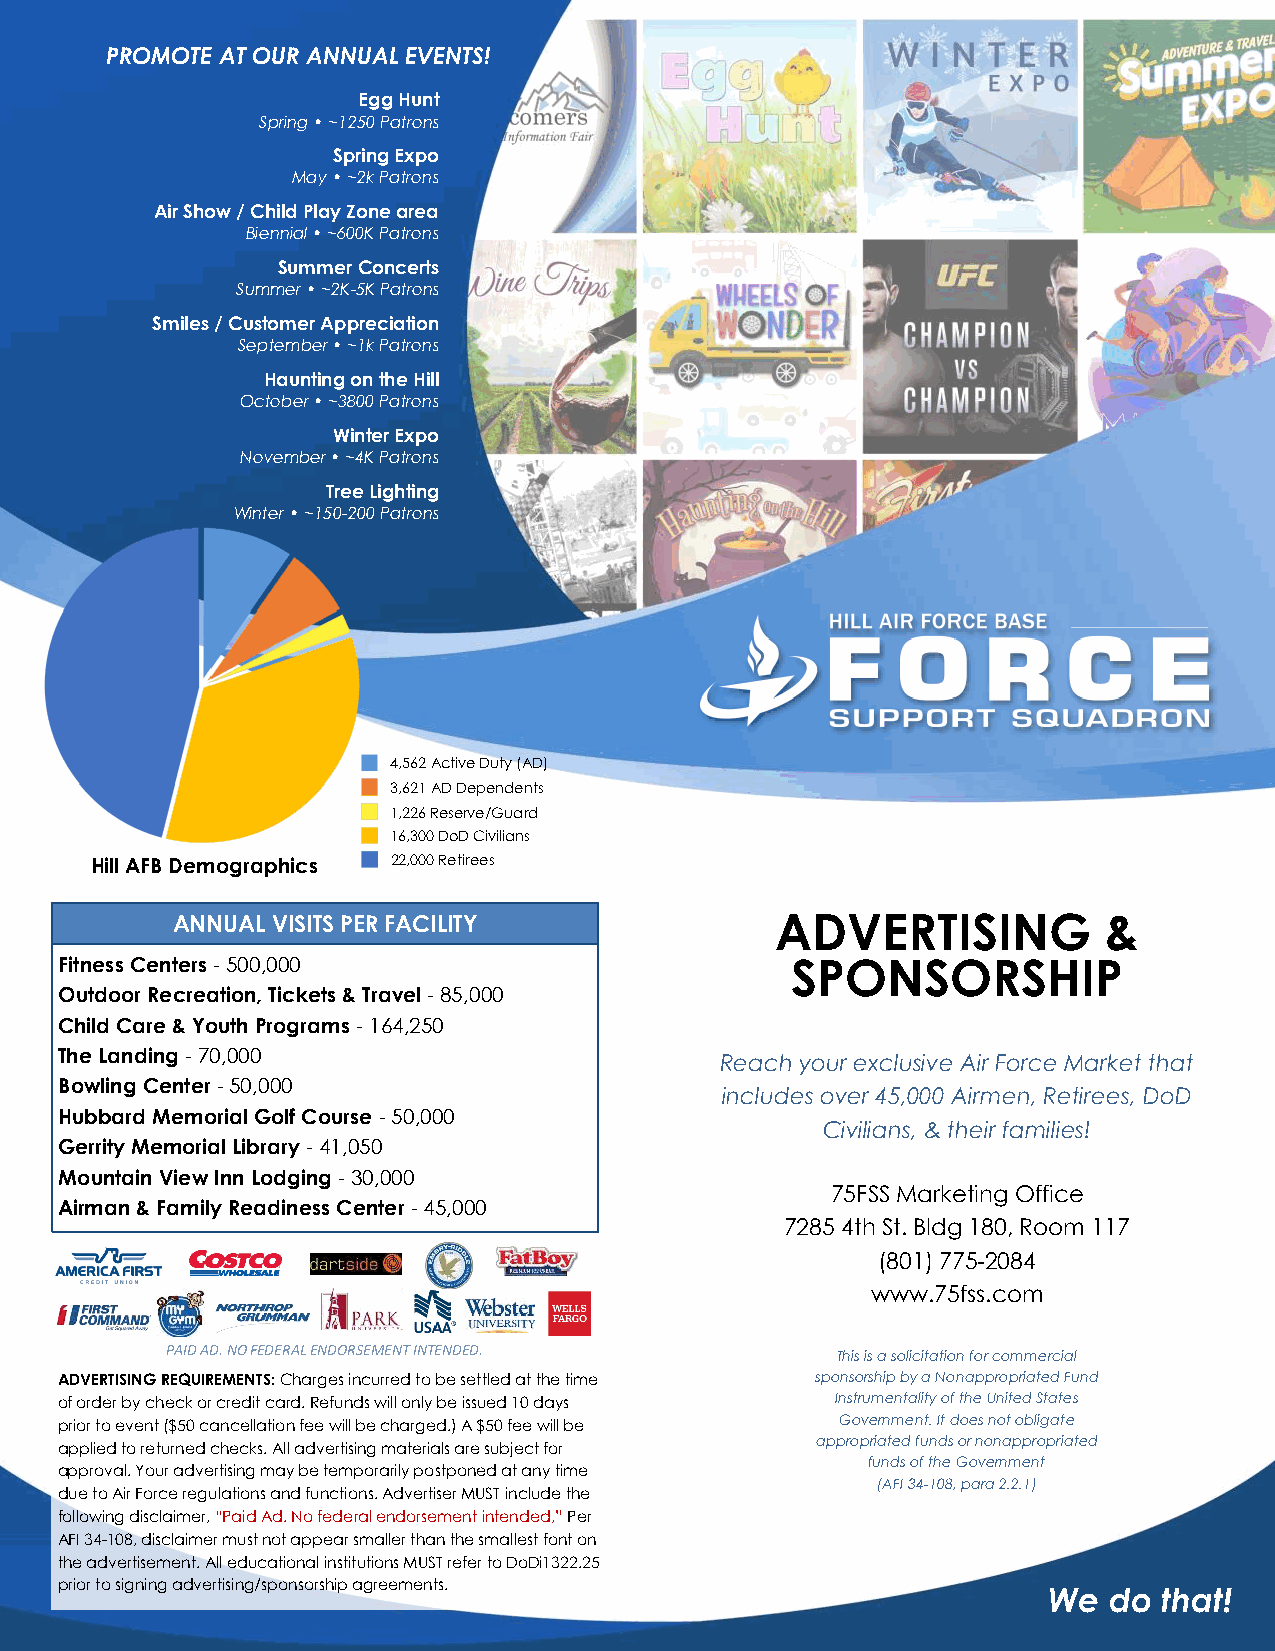
PROMOTE AT OUR ANNUAL EVENTS!
 Egg Hunt
 Spring • ~1250 Patrons
 Spring Expo
 May • ~2k Patrons
 Air Show / Child Play Zone area
 Biennial • ~600K Patrons
 Summer Concerts
 Summer • ~2K-5K Patrons
 Smiles / Customer Appreciation
 September • ~1k Patrons
 Haunting on the Hill
 October • ~3800 Patrons
 Winter Expo
 November • ~4K Patrons
 Tree Lighting
 Winter • ~150-200 Patrons
 4,562 Active Duty (AD)
 3,621 AD Dependents
 1,226 Reserve/Guard
 16,300 DoD Civilians
 Hill AFB Demographics 22,000 Retirees
 ANNUAL VISITS PER FACILITY              ADVERTISING           &
 Fitness Centers - 500,000                       SPONSORSHIP
 Outdoor Recreation, Tickets & Travel - 85,000
 Child Care & Youth Programs - 164,250
 The Landing - 70,000                        Reach your exclusive Air Force Market that
 Bowling Center - 50,000
 includes over 45,000 Airmen, Retirees, DoD
 Hubbard Memorial Golf Course - 50,000
 Civilians, & their families!
 Gerrity Memorial Library - 41,050
 Mountain View Inn Lodging - 30,000
 75FSS Marketing Office
 Airman & Family Readiness Center - 45,000
 7285 4th St. Bldg 180, Room 117
 (801) 775-2084
 www.75fss.com
 PAID AD. NO FEDERAL ENDORSEMENT INTENDED.
 This is a solicitation for commercial
 ADVERTISING REQUIREMENTS: Charges incurred to be settled at the time sponsorship by a Nonappropriated Fund
 of order by check or credit card. Refunds will only be issued 10 days Instrumentality of the United States
 prior to event ($50 cancellation fee will be charged.) A $50 fee will be Government. It does not obligate
 appropriated funds or nonappropriated
 applied to returned checks. All advertising materials are subject for
 funds of the Government
 approval. Your advertising may be temporarily postponed at any time
 (AFI 34-108, para 2.2.1)
 due to Air Force regulations and functions. Advertiser MUST include the
 following disclaimer, “Paid Ad. No federal endorsement intended,” Per
 AFI 34-108, disclaimer must not appear smaller than the smallest font on
 the advertisement. All educational institutions MUST refer to DoDi1322.25
 prior to signing advertising/sponsorship agreements.
 We  do  that!